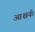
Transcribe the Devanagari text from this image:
आश्चर्य।